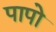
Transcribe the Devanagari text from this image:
पापो